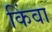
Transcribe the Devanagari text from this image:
किंवा